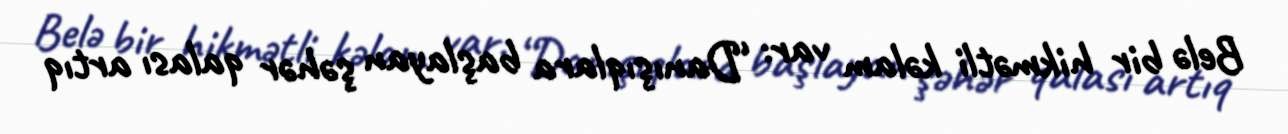
Belə bir hikmətli kəlam var: “Danışıqlara başlayan şəhər qalası artıq